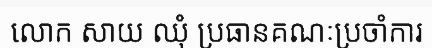
លោក សាយ ឈុំ ប្រធានគណៈប្រចាំការ